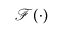
\mathcal { F } ( \cdot )